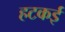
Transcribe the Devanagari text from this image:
हटकई